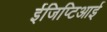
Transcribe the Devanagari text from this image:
ईजिप्टिआई